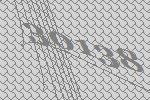
30138